Indian journal of veterinary science and animal husbandry - Volumes 15-17, 1948-1951
Year: 1948
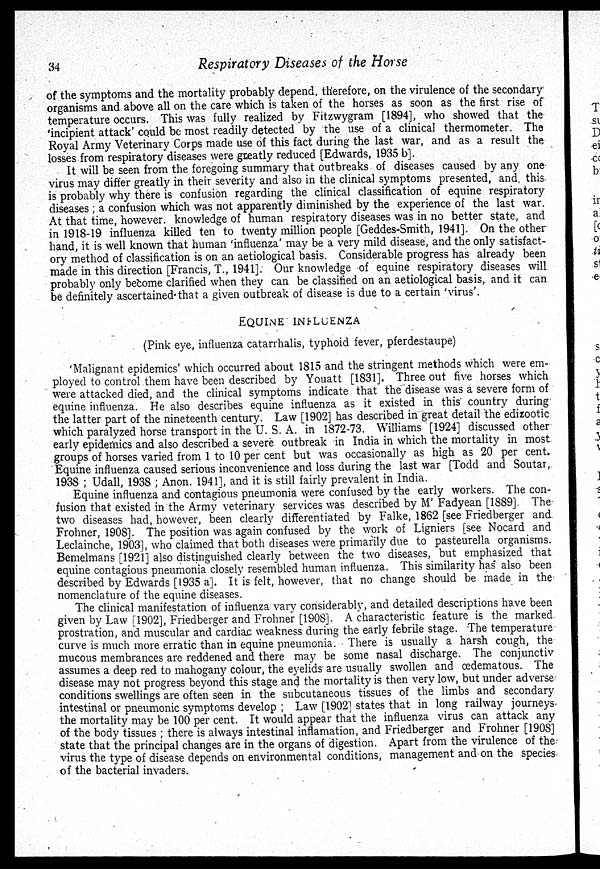
34
Respiratory Diseases of the Horse
of the symptoms and the mortality probably depend, therefore, on the virulence of the secondary
organisms and above all on the care which is taken of the horses as soon as the first rise of
temperature occurs. This was fully realized by Fitzwygram [1894], who showed that the
'incipient attack' could be most readily detected by the use of a clinical thermometer. The
Royal Army Veterinary Corps made use of this fact during the last war, and as a result the
losses from respiratory diseases were greatly reduced [Edwards, 1935 b].
It will be seen from the foregoing summary that outbreaks of diseases caused by any one
virus may differ greatly in their severity and also in the clinical symptoms presented, and this
is probably why there is confusion regarding the clinical classification of equine respiratory
diseases ; a confusion which was not apparently diminished by the experience of the last war.
At that time, however, knowledge of human respiratory diseases was in no better state, and
in 1918-19 influenza killed ten to twenty million people [Geddes-Smith, 1941]. On the other
hand, it is well known that human 'influenza' may be a very mild disease, and the only satisfact-
ory method of classification is on an aetiological basis. Considerable progress has already been
made in this direction [Francis, T., 1941]. Our knowledge of equine respiratory diseases will
probably only become clarified when they can be classified on an aetiological basis, and it can
be definitely ascertained that a given outbreak of disease is due to a certain 'virus'.
EQUINE
INFLUENZA
(Pink eye, influenza catarrhalis, typhoid fever, pferdestaupe)
'Malignant epidemics' which occurred about 1815 and the stringent methods which were em-
ployed to control them have been described by Youatt [1831]. Three out five horses which
were attacked died, and the clinical symptoms indicate that the disease was a severe form of
equine influenza. He also describes equine influenza as it existed in this country during
the latter part of the nineteenth century. Law [1902] has described in great detail the edizootic
which paralyzed horse transport in the U. S. A. in 1872-73. Williams [1924] discussed other
early epidemics and also described a severe outbreak in India in which the mortality in most
groups of horses varied from 1 to 10 per cent but was occasionally as high as 20 per cent.
Equine influenza caused serious inconvenience and loss during the last war [Todd and Soutar,
1938 ; Udall, 1938 ; Anon. 1941], and it is still fairly prevalent in India.
Equine influenza and contagious pneumonia were confused by the early workers. The con-
fusion that existed in the Army veterinary services was described by M' Fadyean [1889]. The
two diseases had, however, been clearly differentiated by Falke, 1862 [see Friedberger and
Frohner, 1908]. The position was again confused by the work of Ligniers [see Nocard and
Leclainche, 1903], who claimed that both diseases were primarily due to pasteurella organisms.
Bemelmans [1921] also distinguished clearly between the two diseases, but emphasized that
equine contagious pneumonia closely resembled human influenza. This similarity has also been
described by Edwards [1935 a]. It is felt, however, that no change should be made in the
nomenclature of the equine diseases.
The clinical manifestation of influenza vary considerably, and detailed descriptions have been
given by Law [1902], Friedberger and Frohner [1908]. A characteristic feature is the marked
prostration, and muscular and cardiac weakness during the early febrile stage. The temperature
curve is much more erratic than in equine pneumonia. There is usually a harsh cough, the
mucous membrances are reddened and there may be some nasal discharge. The conjunctiv
assumes a deep red to mahogany colour, the eyelids are usually swollen and œdematous. The
disease may not progress beyond this stage and the mortality is then very low, but under adverse
conditions swellings are often seen in the subcutaneous tissues of the limbs and secondary
intestinal or pneumonic symptoms develop ; Law [1902] states that in long railway journeys
the mortality may be 100 per cent. It would appear that the influenza virus can attack any
of the body tissues ; there is always intestinal inflamation, and Friedberger and Frohner [1908]
state that the principal changes are in the organs of digestion. Apart from the virulence of the
virus the type of disease depends on environmental conditions, management and on the species
of the bacterial invaders.